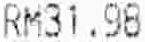
RM31.98